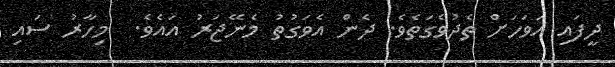
ދީފައި އަވަހަށް ތެދުވެގަތެވެ. ދެން އެވަގުތު މެނޭޖަރު އައެވެ.  މިހާރު ސައި